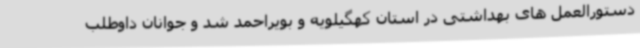
دستورالعمل های بهداشتی در استان کهگیلویه و بویراحمد شد و جوانان داوطلب